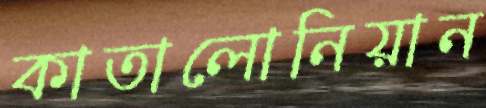
কাতালোনিয়ান